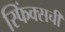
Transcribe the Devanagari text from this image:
स्फिंक्सची